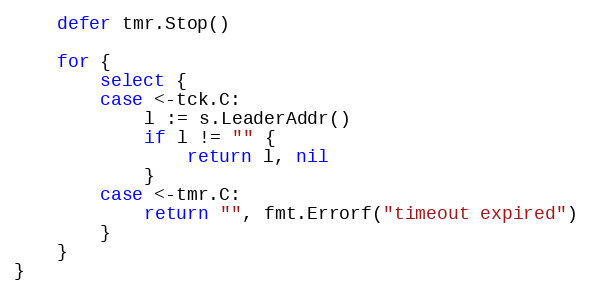
Language: Go
	defer tmr.Stop()

	for {
		select {
		case <-tck.C:
			l := s.LeaderAddr()
			if l != "" {
				return l, nil
			}
		case <-tmr.C:
			return "", fmt.Errorf("timeout expired")
		}
	}
}